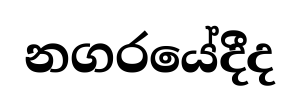
නගරයේදීද